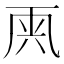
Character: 𠀺